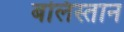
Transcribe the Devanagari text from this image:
बलिस्तान